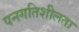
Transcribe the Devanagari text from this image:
पनगतिशीलता